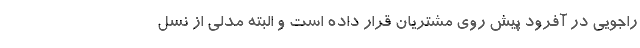
راجویی در آفرود پیش روی مشتریان قرار داده است و البته مدلی از نسل